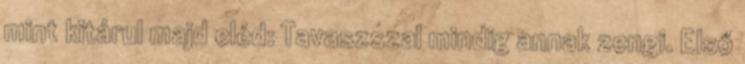
mint kitárul majd eléd: Tavaszszal mindig annak zengi. Első